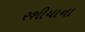
રશીયાના